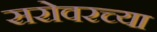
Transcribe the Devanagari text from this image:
सरोवरच्या